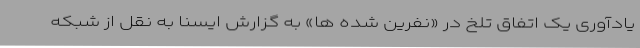
یادآوری یک اتفاق تلخ در «نفرین شده ها» به گزارش ایسنا به نقل از شبکه